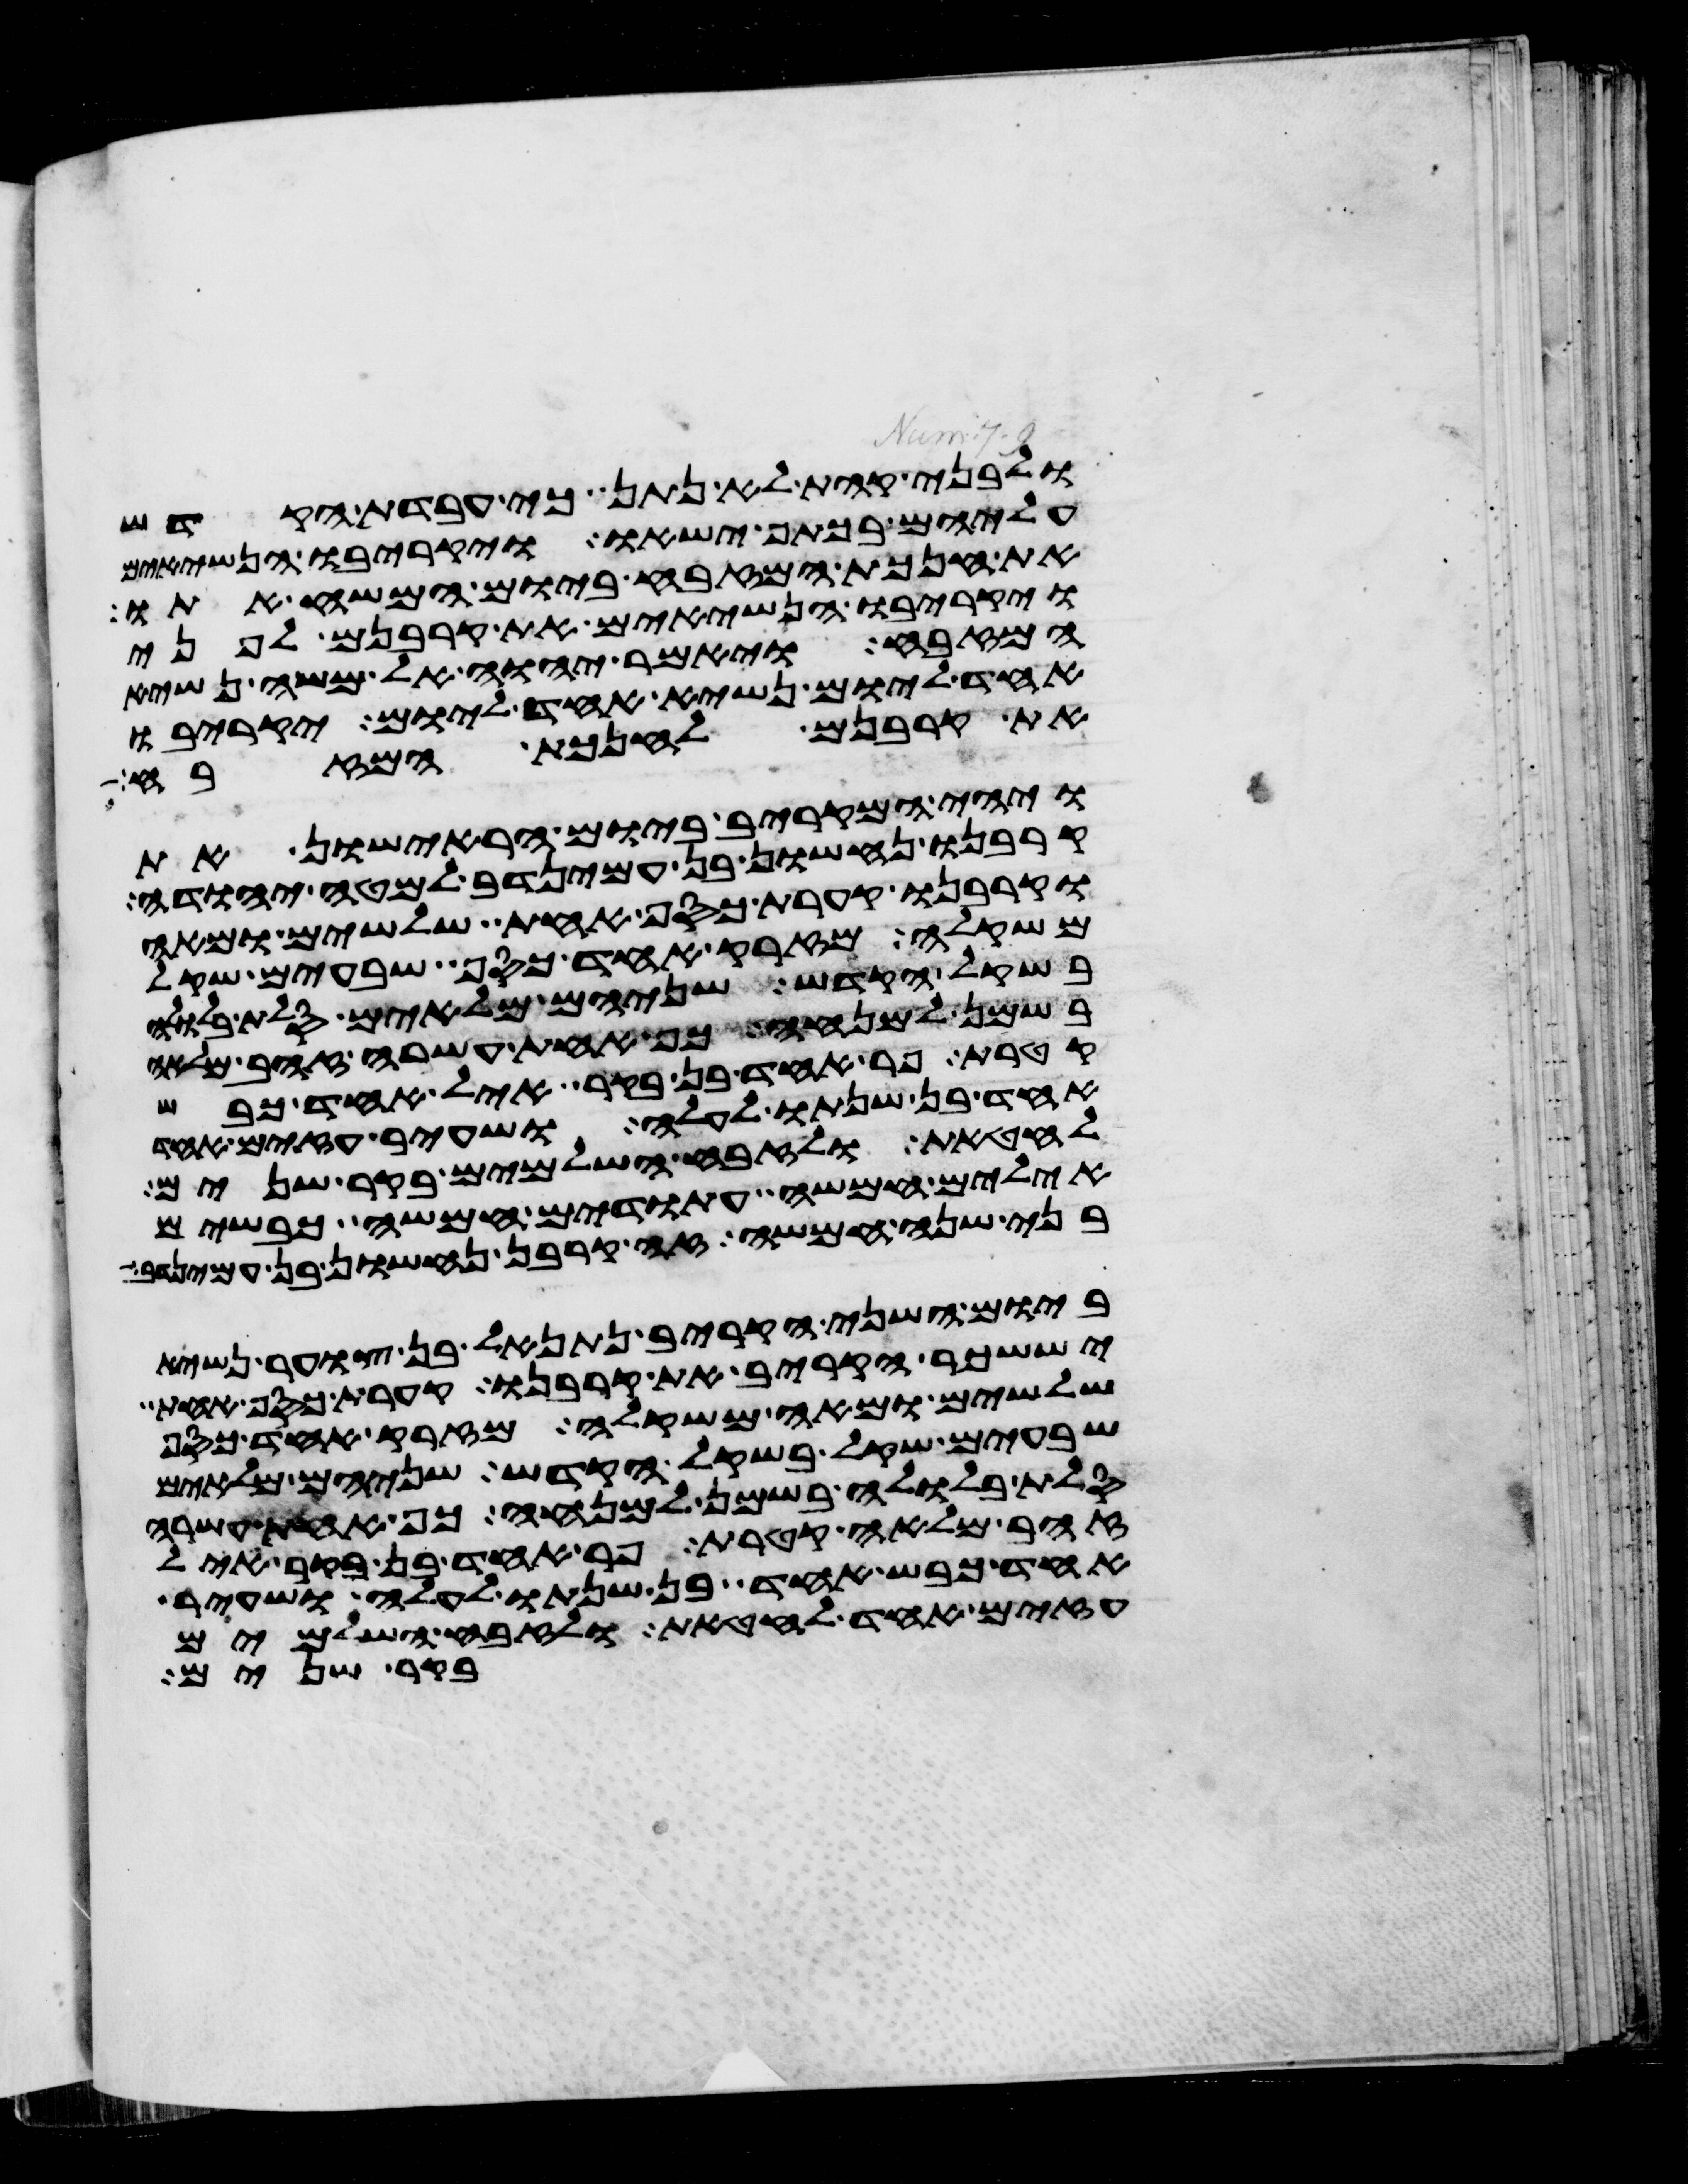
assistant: ולבני קהת לא נתן כי עבדת הקדש
עליהם בכתף ישאו ויקריבו הנשיאים
את חנכת המזבח ביום המשיח אתו
ויקריבו הנשיאים את קרבנם לפני
המזבח ויאמר יהוה אל משה נשיא
אחד ליום נשיא אחד ליום יקריבו
את קרבנם לחנכת המזבח
ויהי המקריב ביום הראישון את
קרבנו נחשון בן עמינדב למטה יהודה
וקרבנו קערת כסף אחת שלשים ומאה
משקלה מזרק אחד כסף שבעים שקל
בשקל הקדש שניהם מלאים סלת בלולה
בשמן למנחה כף אחת עשרה זהב מלאה
קטרת פר אחד בן בקר איל אחד כבש
אחד בן שנתו לעלה ושעיר עזים אחד
לחטאת ולזבח השלמים בקר שנים
אילים חמשה עתודים חמשה כבשים
בני שנה חמשה זה קרבן נחשון בן עמינדב
ביום השני הקריב נתנאל בן צוער נשיא
יששכר הקריב את קרבנו קערת כסף אחת
שלשים ומאה משקלה מזרק אחד כסף
שבעים שקל בשקל הקדש שניהם מלאים
סלת בלולה בשמן למנחה כף אחת עשרה
זהב מלאה קטרת פר אחד בן בקר איל
אחד כבש אחד בן שנתו לעלה ושעיר
עזים אחד לחטאת ולזבח השלמים
בקר שנים